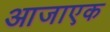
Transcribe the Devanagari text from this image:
आजाएक